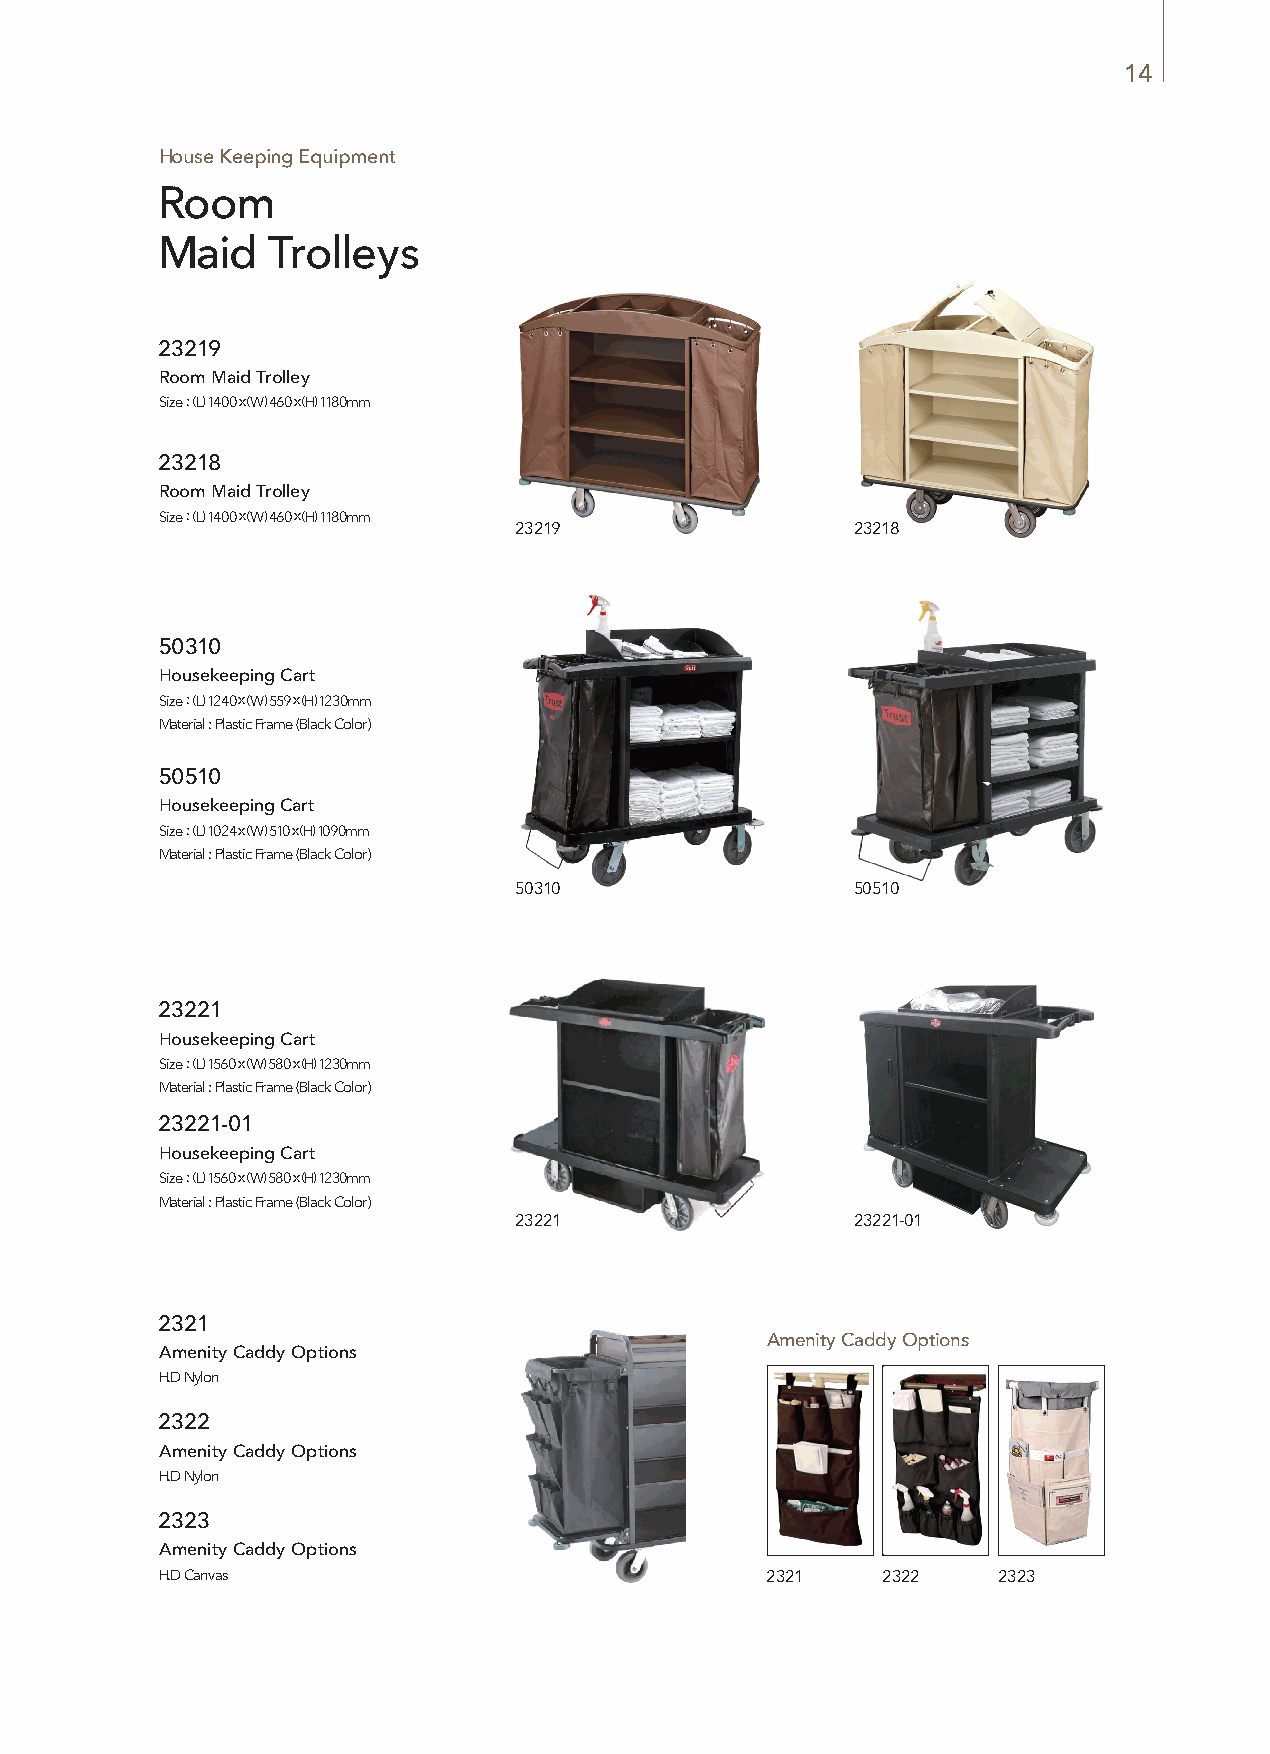
14
 House Keeping Equipment
 Room
 Maid    Trolleys
 23219
 Room Maid Trolley
 Size : (L) 1400 x (W) 460 x (H) 1180mm
 Material : Titanium gold, Red Carpet
 23218
 Room Maid Trolley
 Size : (L) 1400 x (W) 460 x (H) 1180mm
 23219                  23218
 Material : Stainless, Gray Carpet
 50310
 Housekeeping Cart
 Size : (L) 1240 x (W) 559 x (H) 1230mm
 Material : Plastic Frame (Black Color)
 50510
 Housekeeping Cart
 Size : (L) 1024 x (W) 510 x (H) 1090mm
 Material : Plastic Frame (Black Color)
 50310                 50510
 23221
 Housekeeping Cart
 Size : (L) 1560 x (W) 580 x (H) 1230mm
 Material : Plastic Frame (Black Color)
 23221-01
 Housekeeping Cart
 Size : (L) 1560 x (W) 580 x (H) 1230mmm
 Material : Plastic Frame (Black Color)
 23221                  23221-01
 2321
 Amenity Caddy Options
 Amenity Caddy Options
 H.D Nylon
 2322
 Amenity Caddy Options
 H.D Nylon
 2323
 Amenity Caddy Options
 H.D Canvas                              2321   2322    2323